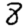
Digit: 8